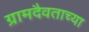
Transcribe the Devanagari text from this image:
ग्रामदैवताच्या